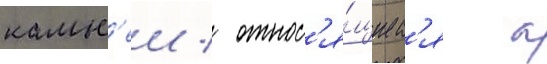
камн'еи / относ'я́щиес'я к